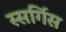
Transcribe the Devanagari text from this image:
स्सर्गिस